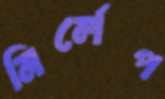
নির্লেপ